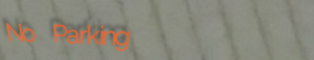
No Parking